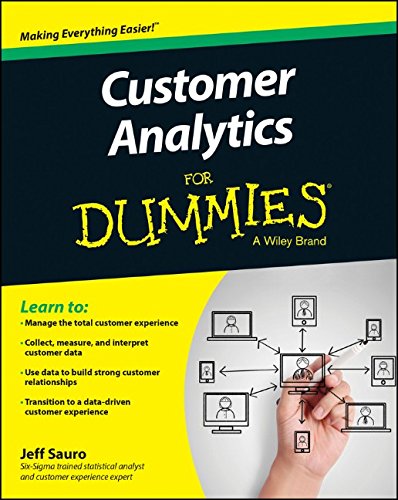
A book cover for Customer Analytics For Dummies; Jeff Sauro; Business & Money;